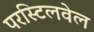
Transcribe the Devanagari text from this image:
परस्टिलवेल